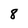
Character: 8